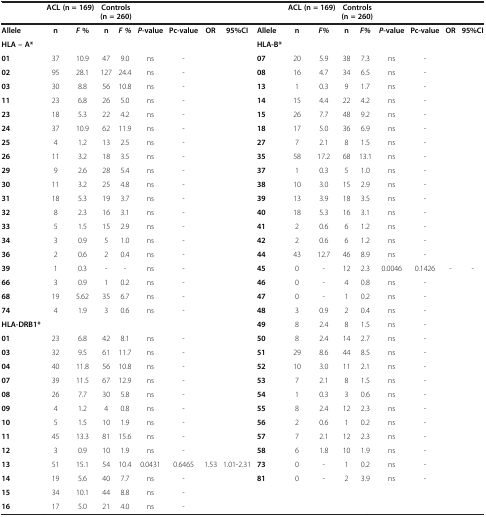
<table><thead><tr><td><b> </b></td><td colspan="2"><b>ACL (n = 169)</b></td><td colspan="2"><b>Controls (n = 260)</b></td><td><b> </b></td><td><b> </b></td><td><b> </b></td><td><b> </b></td><td><b> </b></td><td colspan="2"><b>ACL (n = 169)</b></td><td colspan="2"><b>Controls (n = 260)</b></td><td><b> </b></td><td><b> </b></td><td><b> </b></td><td><b> </b></td></tr></thead><tbody><tr><td><b>Allele</b></td><td><b>n</b></td><td><b><i>F </i></b><b>%</b></td><td><b>n</b></td><td><b><i>F %</i></b></td><td><b><i>P</i></b><b>-value</b></td><td><b>Pc-value</b></td><td><b>OR</b></td><td><b>95%CI</b></td><td><b>Allele</b></td><td><b>n</b></td><td><b><i>F%</i></b></td><td><b>n</b></td><td><b><i>F%</i></b></td><td><b><i>P</i></b><b>-value</b></td><td><b>Pc-value</b></td><td><b>OR</b></td><td><b>95%CI</b></td></tr><tr><td><b>HLA – A*</b></td><td> </td><td> </td><td> </td><td> </td><td> </td><td> </td><td> </td><td> </td><td><b>HLA-B*</b></td><td> </td><td> </td><td> </td><td> </td><td> </td><td> </td><td> </td><td> </td></tr><tr><td><b>01</b></td><td>37</td><td>10.9</td><td>47</td><td>9.0</td><td>ns</td><td>-</td><td> </td><td> </td><td><b>07</b></td><td>20</td><td>5.9</td><td>38</td><td>7.3</td><td>ns</td><td>-</td><td> </td><td> </td></tr><tr><td><b>02</b></td><td>95</td><td>28.1</td><td>127</td><td>24.4</td><td>ns</td><td>-</td><td> </td><td> </td><td><b>08</b></td><td>16</td><td>4.7</td><td>34</td><td>6.5</td><td>ns</td><td>-</td><td> </td><td> </td></tr><tr><td><b>03</b></td><td>30</td><td>8.8</td><td>56</td><td>10.8</td><td>ns</td><td>-</td><td> </td><td> </td><td><b>13</b></td><td>1</td><td>0.3</td><td>9</td><td>1.7</td><td>ns</td><td>-</td><td> </td><td> </td></tr><tr><td><b>11</b></td><td>23</td><td>6.8</td><td>26</td><td>5.0</td><td>ns</td><td>-</td><td> </td><td> </td><td><b>14</b></td><td>15</td><td>4.4</td><td>22</td><td>4.2</td><td>ns</td><td>-</td><td> </td><td> </td></tr><tr><td><b>23</b></td><td>18</td><td>5.3</td><td>22</td><td>4.2</td><td>ns</td><td>-</td><td> </td><td> </td><td><b>15</b></td><td>26</td><td>7.7</td><td>48</td><td>9.2</td><td>ns</td><td>-</td><td> </td><td> </td></tr><tr><td><b>24</b></td><td>37</td><td>10.9</td><td>62</td><td>11.9</td><td>ns</td><td>-</td><td> </td><td> </td><td><b>18</b></td><td>17</td><td>5.0</td><td>36</td><td>6.9</td><td>ns</td><td>-</td><td> </td><td> </td></tr><tr><td><b>25</b></td><td>4</td><td>1.2</td><td>13</td><td>2.5</td><td>ns</td><td>-</td><td> </td><td> </td><td><b>27</b></td><td>7</td><td>2.1</td><td>8</td><td>1.5</td><td>ns</td><td>-</td><td> </td><td> </td></tr><tr><td><b>26</b></td><td>11</td><td>3.2</td><td>18</td><td>3.5</td><td>ns</td><td>-</td><td> </td><td> </td><td><b>35</b></td><td>58</td><td>17.2</td><td>68</td><td>13.1</td><td>ns</td><td>-</td><td> </td><td> </td></tr><tr><td><b>29</b></td><td>9</td><td>2.6</td><td>28</td><td>5.4</td><td>ns</td><td>-</td><td> </td><td> </td><td><b>37</b></td><td>1</td><td>0.3</td><td>5</td><td>1.0</td><td>ns</td><td>-</td><td> </td><td> </td></tr><tr><td><b>30</b></td><td>11</td><td>3.2</td><td>25</td><td>4.8</td><td>ns</td><td>-</td><td> </td><td> </td><td><b>38</b></td><td>10</td><td>3.0</td><td>15</td><td>2.9</td><td>ns</td><td>-</td><td> </td><td> </td></tr><tr><td><b>31</b></td><td>18</td><td>5.3</td><td>19</td><td>3.7</td><td>ns</td><td>-</td><td> </td><td> </td><td><b>39</b></td><td>13</td><td>3.9</td><td>18</td><td>3.5</td><td>ns</td><td>-</td><td> </td><td> </td></tr><tr><td><b>32</b></td><td>8</td><td>2.3</td><td>16</td><td>3.1</td><td>ns</td><td>-</td><td> </td><td> </td><td><b>40</b></td><td>18</td><td>5.3</td><td>16</td><td>3.1</td><td>ns</td><td>-</td><td> </td><td> </td></tr><tr><td><b>33</b></td><td>5</td><td>1.5</td><td>15</td><td>2.9</td><td>ns</td><td>-</td><td> </td><td> </td><td><b>41</b></td><td>2</td><td>0.6</td><td>6</td><td>1.2</td><td>ns</td><td>-</td><td> </td><td> </td></tr><tr><td><b>34</b></td><td>3</td><td>0.9</td><td>5</td><td>1.0</td><td>ns</td><td>-</td><td> </td><td> </td><td><b>42</b></td><td>2</td><td>0.6</td><td>6</td><td>1.2</td><td>ns</td><td>-</td><td> </td><td> </td></tr><tr><td><b>36</b></td><td>2</td><td>0.6</td><td>2</td><td>0.4</td><td>ns</td><td>-</td><td> </td><td> </td><td><b>44</b></td><td>43</td><td>12.7</td><td>46</td><td>8.9</td><td>ns</td><td>-</td><td> </td><td> </td></tr><tr><td><b>39</b></td><td>1</td><td>0.3</td><td>-</td><td>-</td><td>ns</td><td>-</td><td> </td><td> </td><td><b>45</b></td><td>0</td><td>-</td><td>12</td><td>2.3</td><td>0.0046</td><td>0.1426</td><td>-</td><td>-</td></tr><tr><td><b>66</b></td><td>3</td><td>0.9</td><td>1</td><td>0.2</td><td>ns</td><td>-</td><td> </td><td> </td><td><b>46</b></td><td>0</td><td>-</td><td>4</td><td>0.8</td><td>ns</td><td>-</td><td> </td><td> </td></tr><tr><td><b>68</b></td><td>19</td><td>5.62</td><td>35</td><td>6.7</td><td>ns</td><td>-</td><td> </td><td> </td><td><b>47</b></td><td>0</td><td>-</td><td>1</td><td>0.2</td><td>ns</td><td>-</td><td> </td><td> </td></tr><tr><td><b>74</b></td><td>4</td><td>1.9</td><td>3</td><td>0.6</td><td>ns</td><td>-</td><td> </td><td> </td><td><b>48</b></td><td>3</td><td>0.9</td><td>2</td><td>0.4</td><td>ns</td><td>-</td><td> </td><td> </td></tr><tr><td><b>HLA-DRB1*</b></td><td> </td><td> </td><td> </td><td> </td><td> </td><td> </td><td> </td><td> </td><td><b>49</b></td><td>8</td><td>2.4</td><td>8</td><td>1.5</td><td>ns</td><td>-</td><td> </td><td> </td></tr><tr><td><b>01</b></td><td>23</td><td>6.8</td><td>42</td><td>8.1</td><td>ns</td><td>-</td><td> </td><td> </td><td><b>50</b></td><td>8</td><td>2.4</td><td>14</td><td>2.7</td><td>ns</td><td>-</td><td> </td><td> </td></tr><tr><td><b>03</b></td><td>32</td><td>9.5</td><td>61</td><td>11.7</td><td>ns</td><td>-</td><td> </td><td> </td><td><b>51</b></td><td>29</td><td>8.6</td><td>44</td><td>8.5</td><td>ns</td><td>-</td><td> </td><td> </td></tr><tr><td><b>04</b></td><td>40</td><td>11.8</td><td>56</td><td>10.8</td><td>ns</td><td>-</td><td> </td><td> </td><td><b>52</b></td><td>10</td><td>3.0</td><td>11</td><td>2.1</td><td>ns</td><td>-</td><td> </td><td> </td></tr><tr><td><b>07</b></td><td>39</td><td>11.5</td><td>67</td><td>12.9</td><td>ns</td><td>-</td><td> </td><td> </td><td><b>53</b></td><td>7</td><td>2.1</td><td>8</td><td>1.5</td><td>ns</td><td>-</td><td> </td><td> </td></tr><tr><td><b>08</b></td><td>26</td><td>7.7</td><td>30</td><td>5.8</td><td>ns</td><td>-</td><td> </td><td> </td><td><b>54</b></td><td>1</td><td>0.3</td><td>3</td><td>0.6</td><td>ns</td><td>-</td><td> </td><td> </td></tr><tr><td><b>09</b></td><td>4</td><td>1.2</td><td>4</td><td>0.8</td><td>ns</td><td>-</td><td> </td><td> </td><td><b>55</b></td><td>8</td><td>2.4</td><td>12</td><td>2.3</td><td>ns</td><td>-</td><td> </td><td> </td></tr><tr><td><b>10</b></td><td>5</td><td>1.5</td><td>10</td><td>1.9</td><td>ns</td><td>-</td><td> </td><td> </td><td><b>56</b></td><td>2</td><td>0.6</td><td>1</td><td>0.2</td><td>ns</td><td>-</td><td> </td><td> </td></tr><tr><td><b>11</b></td><td>45</td><td>13.3</td><td>81</td><td>15.6</td><td>ns</td><td>-</td><td> </td><td> </td><td><b>57</b></td><td>7</td><td>2.1</td><td>12</td><td>2.3</td><td>ns</td><td>-</td><td> </td><td> </td></tr><tr><td><b>12</b></td><td>3</td><td>0.9</td><td>10</td><td>1.9</td><td>ns</td><td>-</td><td> </td><td> </td><td><b>58</b></td><td>6</td><td>1.8</td><td>10</td><td>1.9</td><td>ns</td><td>-</td><td> </td><td> </td></tr><tr><td><b>13</b></td><td>51</td><td>15.1</td><td>54</td><td>10.4</td><td>0.0431</td><td>0.6465</td><td>1.53</td><td>1.01-2.31</td><td><b>73</b></td><td>0</td><td>-</td><td>1</td><td>0.2</td><td>ns</td><td>-</td><td> </td><td> </td></tr><tr><td><b>14</b></td><td>19</td><td>5.6</td><td>40</td><td>7.7</td><td>ns</td><td>-</td><td> </td><td> </td><td><b>81</b></td><td>0</td><td>-</td><td>2</td><td>3.9</td><td>ns</td><td>-</td><td> </td><td> </td></tr><tr><td><b>15</b></td><td>34</td><td>10.1</td><td>44</td><td>8.8</td><td>ns</td><td>-</td><td> </td><td> </td><td> </td><td> </td><td> </td><td> </td><td> </td><td> </td><td> </td><td> </td><td> </td></tr><tr><td><b>16</b></td><td>17</td><td>5.0</td><td>21</td><td>4.0</td><td>ns</td><td>-</td><td> </td><td> </td><td> </td><td> </td><td> </td><td> </td><td> </td><td> </td><td> </td><td> </td><td> </td></tr></tbody></table>